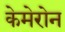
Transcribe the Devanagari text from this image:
केमेरोन